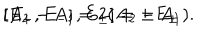
[ A _ { 2 } - A _ { 1 } , E _ { \pm } ] = \pm E _ { \pm } \hspace { 2 c m } [ E _ { + } , E _ { - } ] = 2 ( A _ { 2 } - A _ { 1 } ) .